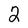
Character: 2